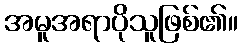
အမူအရာပိုသူဖြစ်၏။